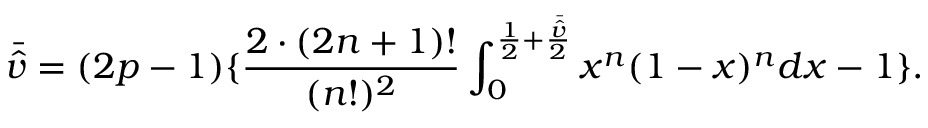
\bar { \hat { v } } = ( 2 p - 1 ) \{ \frac { 2 \cdot ( 2 n + 1 ) ! } { ( n ! ) ^ { 2 } } \int _ { 0 } ^ { \frac { 1 } { 2 } + \frac { \bar { \hat { v } } } { 2 } } x ^ { n } ( 1 - x ) ^ { n } d x - 1 \} .